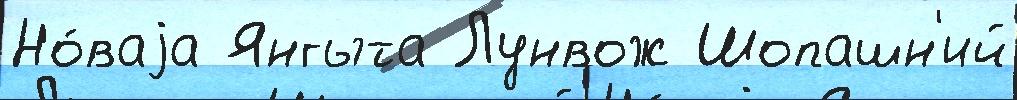
Но́ваjа Янгыта Лунвож Шопашн'ий